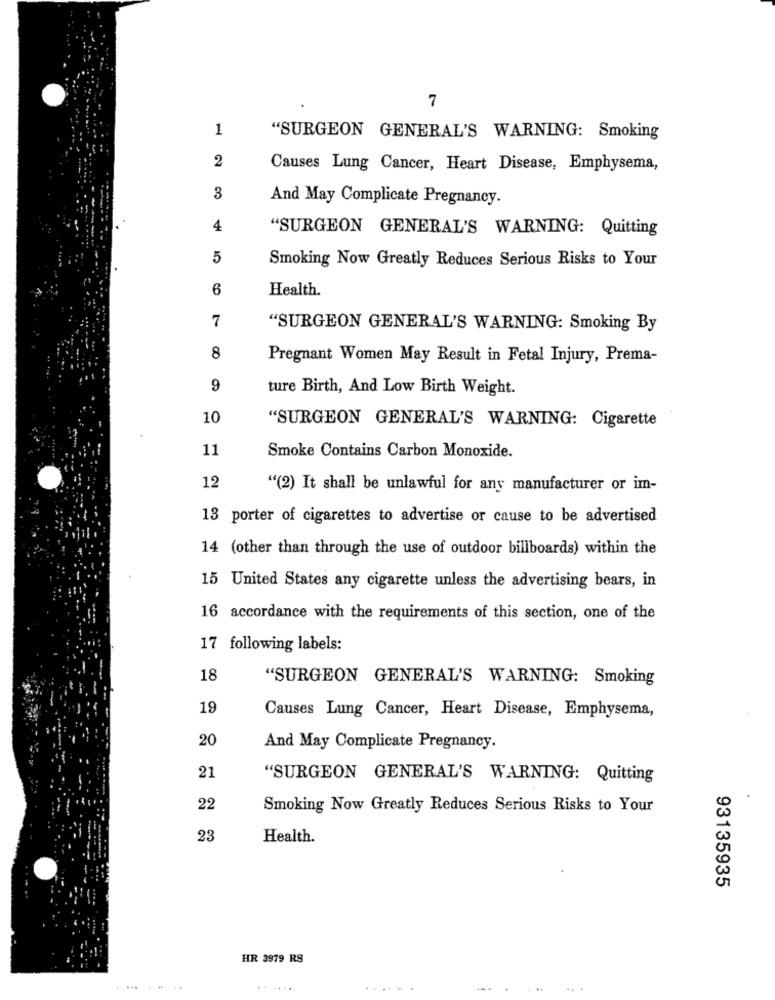
7
1
"SURGEON GENERAL'S WARNING: Smoking
2
Causes Lung Cancer, Heart Disease, Emphysema,
3
And May Complicate Pregnancy.
4
"SURGEON GENERAL'S WARNING: Quitting
5
Smoking Now Greatly Reduces Serious Risks to Your
6
Health.
7
"SURGEON GENERAL'S WARNING: Smoking By
8
Pregnant Women May Result in Fetal Injury, Prema-
9
ture Birth, And Low Birth Weight.
10
"SURGEON GENERAL'S WARNING: Cigarette
11
Smoke Contains Carbon Monoxide.
12
"(2) It shall be unlawful for any manufacturer or im-
13 porter of cigarettes to advertise or cause to be advertised
14 (other than through the use of outdoor billboards) within the
15 United States any cigarette unless the advertising bears, in
16 accordance with the requirements of this section, one of the
17 following labels:
18
"SURGEON GENERAL'S WARNING: Smoking
19
Causes Lung Cancer, Heart Disease, Emphysema,
20
And May Complicate Pregnancy.
21
"SURGEON GENERAL'S WARNING: Quitting
22
Smoking Now Greatly Reduces Serious Risks to Your
23
Health.
93135935
HR 3979 RS
......